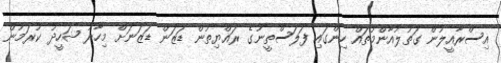
އިސްރާއީލުން ގަތުލުއާންމުތައް ހިންގައި ފަލަސްތީނުގެ ރައްޔިތުން ޑަޒަން ޑަޒަނަށް މިހާރު ޝަހީދު ކުރަމުން